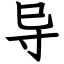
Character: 导